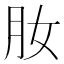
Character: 肗